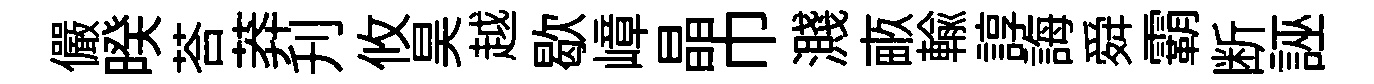
儼暌荅莽刋攸昊越歇嶂晶巾濺畞輸諄誨舜霸断誣